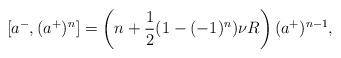
\begin{align*}[a^-,(a^+)^n]=\left(n+\frac{1}{2}(1-(-1)^n)\nu R\right)(a^+)^{n-1},\end{align*}